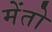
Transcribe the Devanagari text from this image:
मेंतो